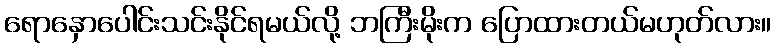
ရောနှောပေါင်းသင်းနိုင်ရမယ်လို့ ဘကြီးမိုးက ပြောထားတယ်မဟုတ်လား။